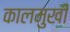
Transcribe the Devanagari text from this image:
कालमुखी